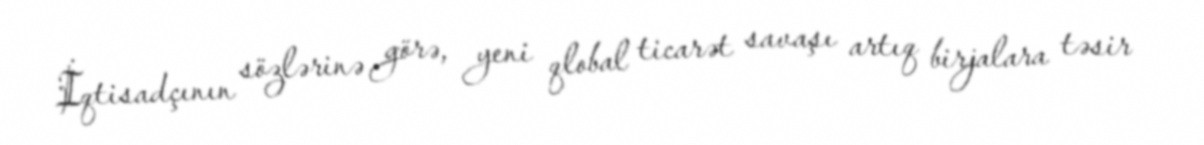
İqtisadçının sözlərinə görə, yeni qlobal ticarət savaşı artıq birjalara təsir